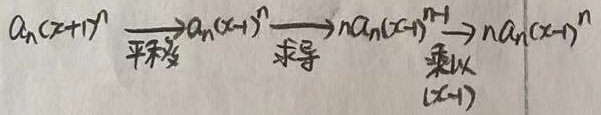
$a_{n}(x + 1)^{n}\xrightarrow{平移}a_{n}(x - 1)^{n}\xrightarrow{求导}na_{n}(x - 1)^{n - 1}\xrightarrow{乘以(x - 1)}na_{n}(x - 1)^{n}$